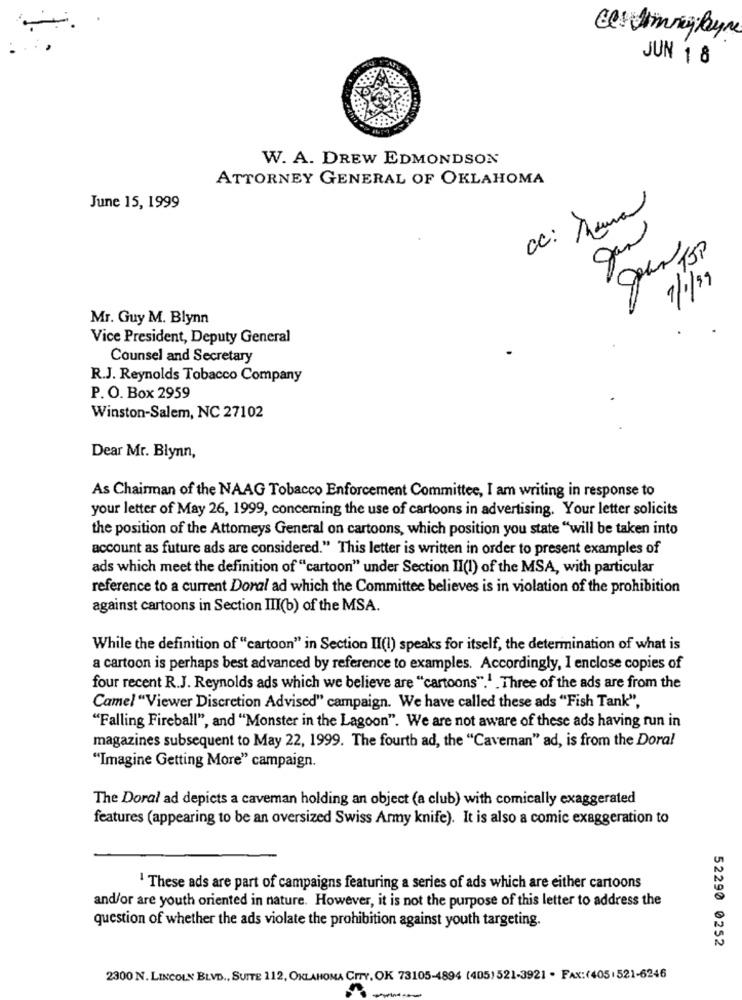
JUN 1 8
W. A. DREW EDMONDSON
ATTORNEY GENERAL OF OKLAHOMA
June 15, 1999
cc: Mama
Jan
7/1/39
Mr. Guy M. Blynn
Vice President, Deputy General
Counsel and Secretary
R.J. Reynolds Tobacco Company
P. O. Box 2959
Winston-Salem, NC 27102
Dear Mr. Blynn,
As Chairman of the NAAG Tobacco Enforcement Committee, I am writing in response to
your letter of May 26, 1999, concerning the use of cartoons in advertising. Your letter solicits
the position of the Attorneys General on cartoons, which position you state "will be taken into
account as future ads are considered." This letter is written in order to present examples of
ads which meet the definition of "cartoon" under Section II(I) of the MSA, with particular
reference to a current Doral ad which the Committee believes is in violation of the prohibition
against cartoons in Section III(b) of the MSA.
While the definition of "cartoon" in Section II(I) speaks for itself, the determination of what is
a cartoon is perhaps best advanced by reference to examples. Accordingly, I enclose copies of
four recent R.J. Reynolds ads which we believe are "cartoons".1 . Three of the ads are from the
Camel "Viewer Discretion Advised" campaign. We have called these ads "Fish Tank",
"Falling Fireball", and "Monster in the Lagoon". We are not aware of these ads having run in
magazines subsequent to May 22, 1999. The fourth ad, the "Caveman" ad, is from the Doral
"Imagine Getting More" campaign.
The Doral ad depicts a caveman holding an object (a club) with comically exaggerated
features (appearing to be an oversized Swiss Army knife). It is also a comic exaggeration to
! These ads are part of campaigns featuring a series of ads which are either cartoons
and/or are youth oriented in nature. However, it is not the purpose of this letter to address the
question of whether the ads violate the prohibition against youth targeting.
52290 0252
2300 N. LINCOLN BLVD ., SUITE 112, OKLAHOMA CITY, OK 73105-4894 (405)521-3921 - FAX:(405:521-6246